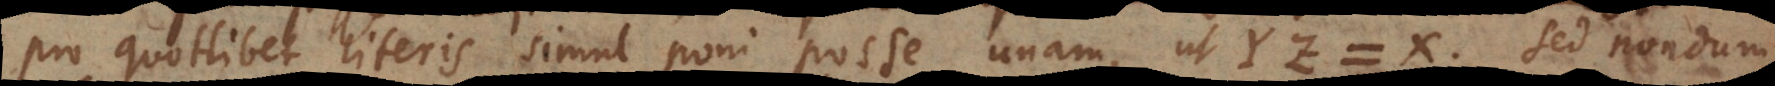
pro quotlibet literis simul poni posse unam, ut YZ = X, sed nondum